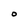
Character: O